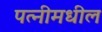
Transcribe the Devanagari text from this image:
पत्नीमधील